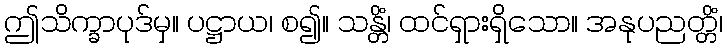
ဤသိက္ခာပုဒ်မှ။ ပဋ္ဌာယ၊ စ၍။ သန္တိံ၊ ထင်ရှားရှိသော။ အနုပညတ္တိံ၊